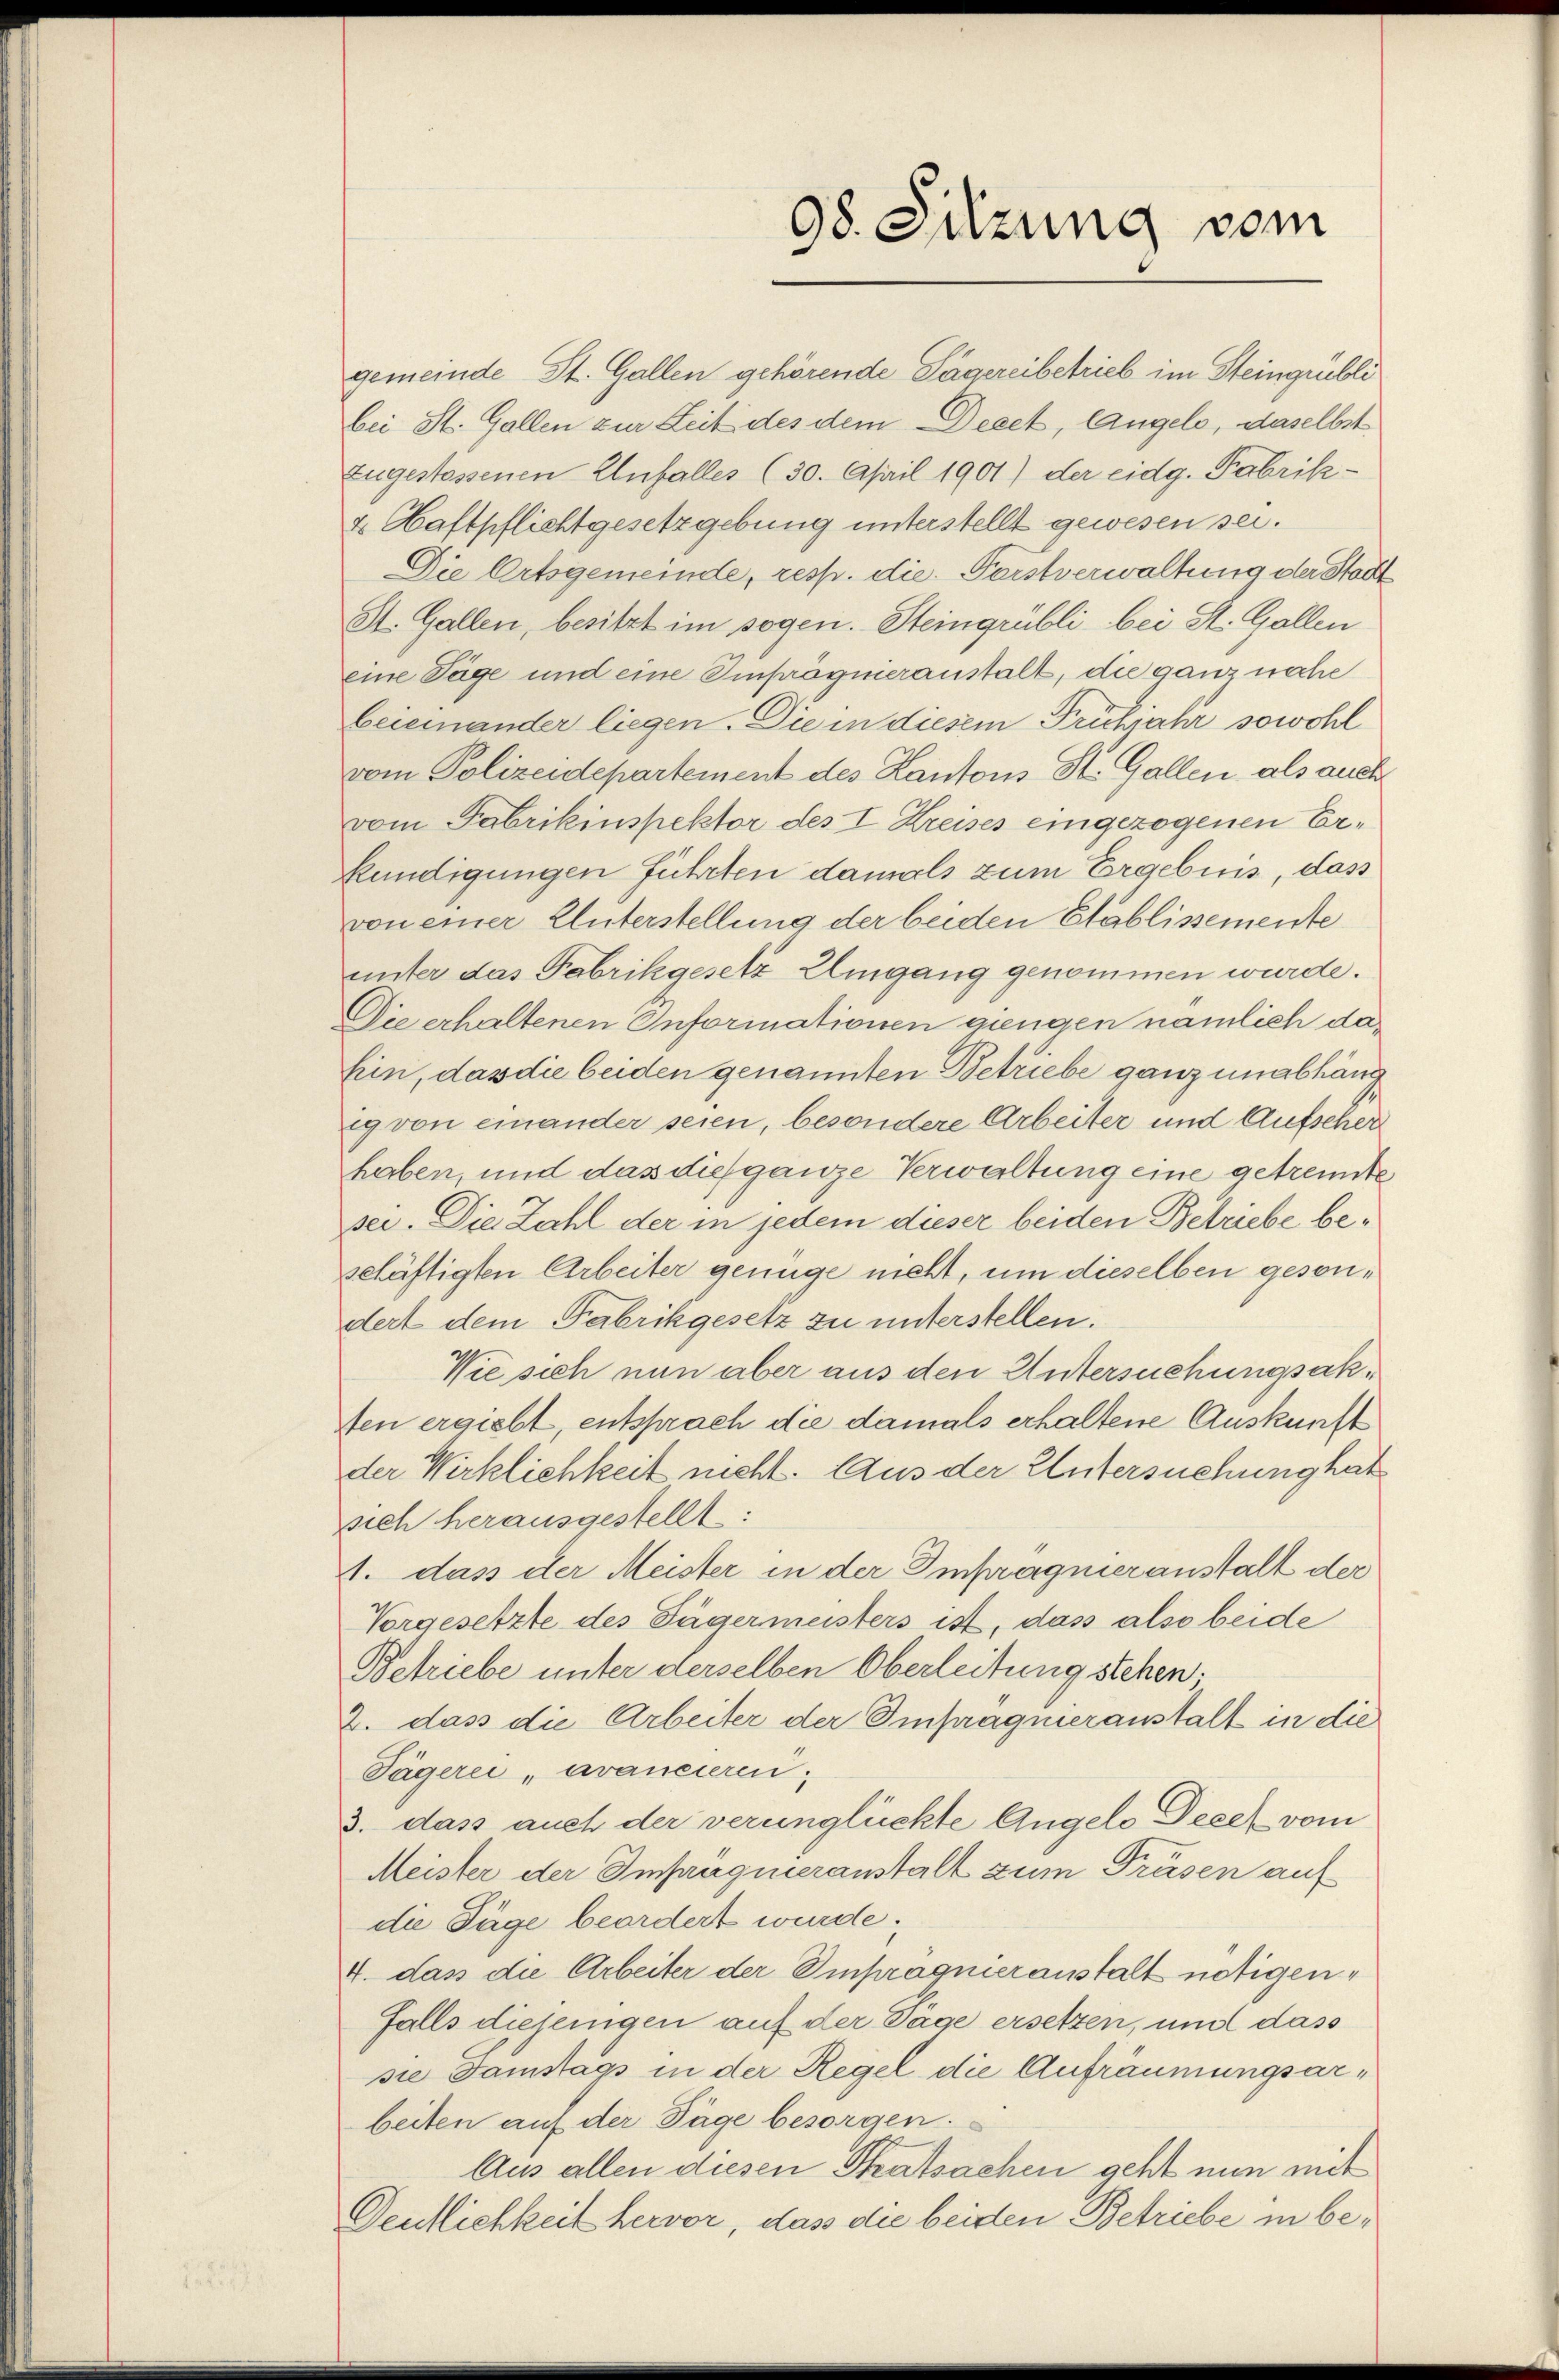
98. Sitzung vom

gemeinde St. Gallen gehörende Sägereibetrieb im Steingrubli
bei St. Gallen zur Zeit des dem Decet, Angelo, daselbst
zugestossenen Unfalles (30. April 1901) der eidg. Fabrik¬
& Haftpflichtgesetzgebung unterstellt gewesen sei.
Die Ortsgemeinde, resp. die Forstverwaltung der Stadt
St. Gallen, besitzt im sogen. Steingrübli bei St. Gallen
eine Tage und eine Imprägnieranstalt, die ganz nahe
beieinander liegen. Die in diesem Frühjahr sowohl
vom Polizeidepartement des Kantons St. Gallen als auch
vom Fabrikinspektor des I Kreises eingezogenen Er¬
Kündigungen führten damals zum Ergebnis, dass
von einer Unterstellung der beiden Stablissemente
unter das Fabrikgesetz Umgang genommen wurde.
Die erhaltenen Informationen gingen nämlich da¬
Ein, das die beiden genannten Betriebe ganz unabhäng
ig von einander seien, besondere Arbeiter und Aufscher
haben, und das dies ganze Verwaltung eine getrennte
sei. Die Zahl der in jedem dieser beiden Betriebe beschäftigten Arbeiter genüge nicht, um dieselben gesondert dem Fabrikgesetz zu unterstellen.
Wie sich nun aber aus den Untersuchungsaksten ergiebt, entsprach die damals erhaltene Auskunft
der Wirklichkeit nicht. Aus der Untersuchung hat
sich herausgestellt:
1. dass der Meister in der Impragnieranstalt der
Vorgesetzte des Tägermeisters ist, das also beide
Betriebe unter derselben Oberleitung stehen.
2. dass die Arbeiter der Impraqueranstalt in die
Tägerei, avancieren.
3. dass auch der verunglückte Angelo Decen vom
Meister der Imprägnieranstalt zum Präsen auf
die Säge beordert wurde.
4. dass die Arbeiter der Einpragnieranstalt nötigenfalls diejenigen auf der Tage ersetzen, und dass
sie Samstags in der Regel die Aufräumungsarbeiten auf der Tage besorgen.
Aus allen diesen Thatsachen geht nun mit
Deutlichkeit hervor, das die beiden Betriebe in be¬